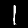
Label: 1